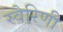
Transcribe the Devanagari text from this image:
स्वैरिणी